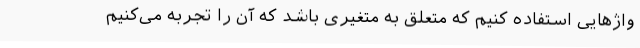
واژهایی استفاده کنیم که متعلق به متغیری باشد که آن را تجربه می‌کنیم